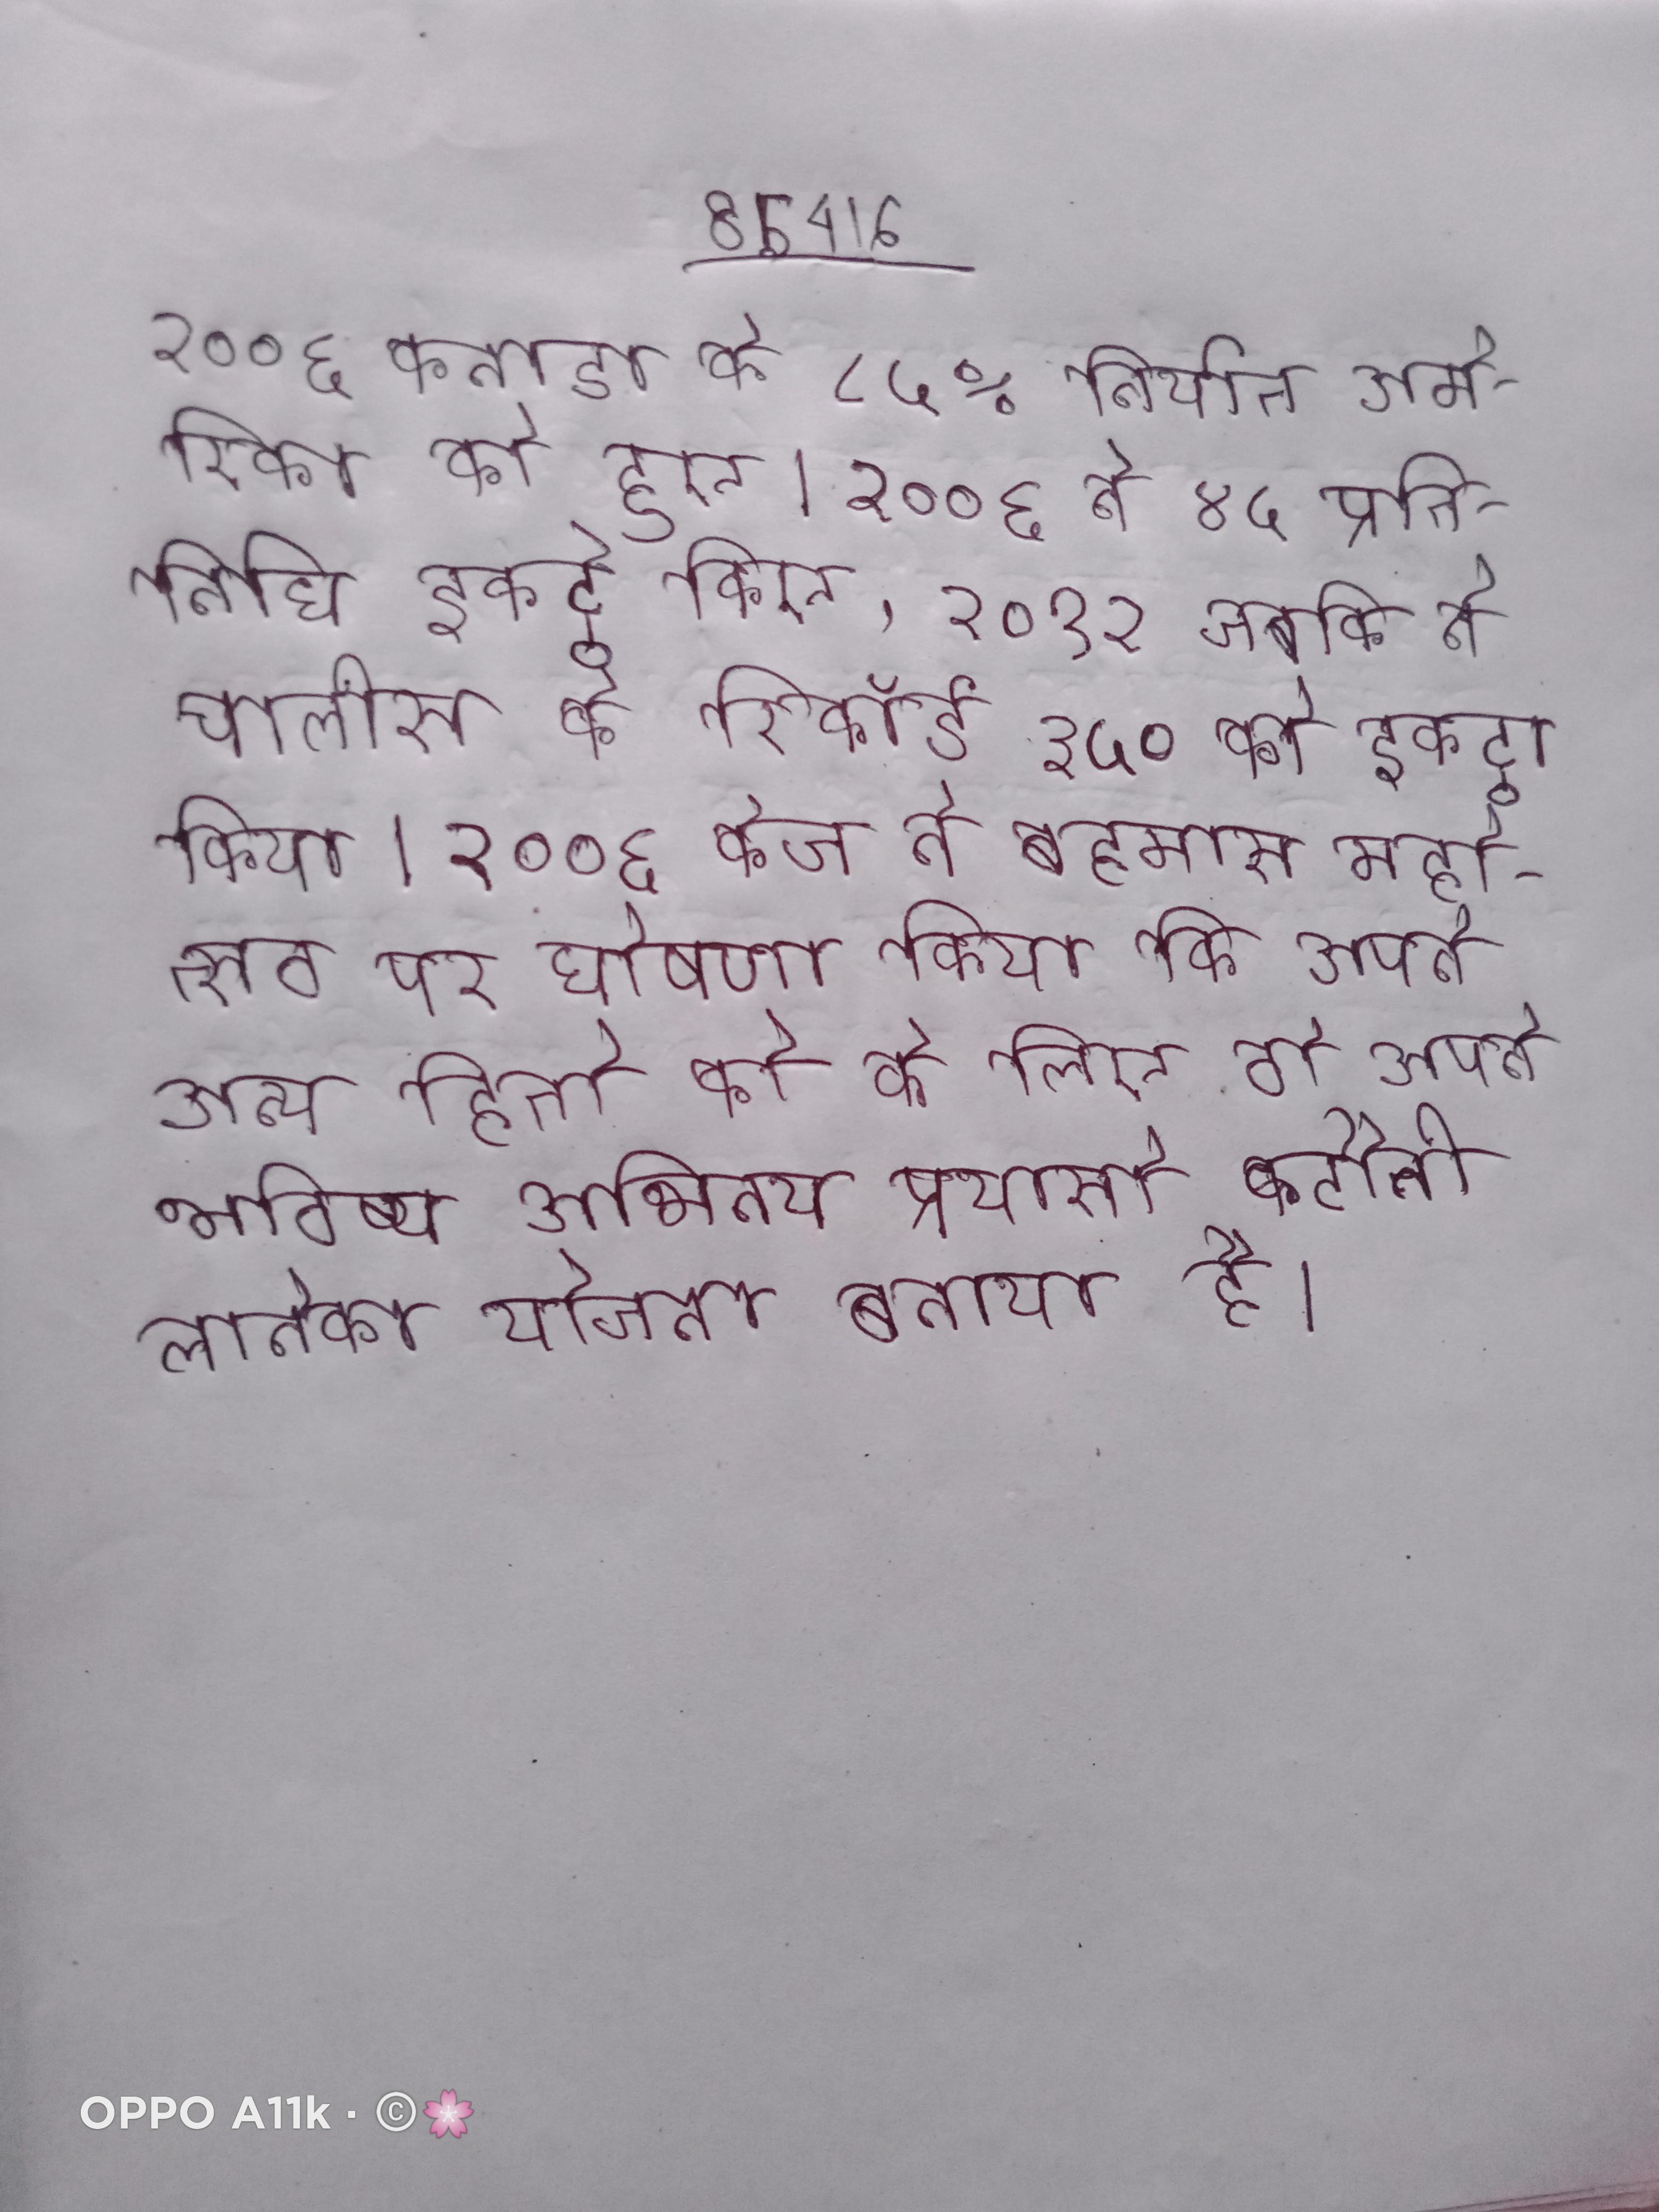
२००६ कनाडा के ८५% निर्यात अमेरिका को हुए । २००६ ने ४५ प्रतिनिधि इकट्ठे किए, २०१२ जबकि ने चालीस के रिकॉर्ड ३५० को इकट्ठा किया । २००६ केज ने बहमास महोत्सव पर घोषणा किया कि अपने अन्य हितो को के लिए वो अपने भविष्य अभिनय प्रयासो कटौती लानेका योजना बनाया है ।